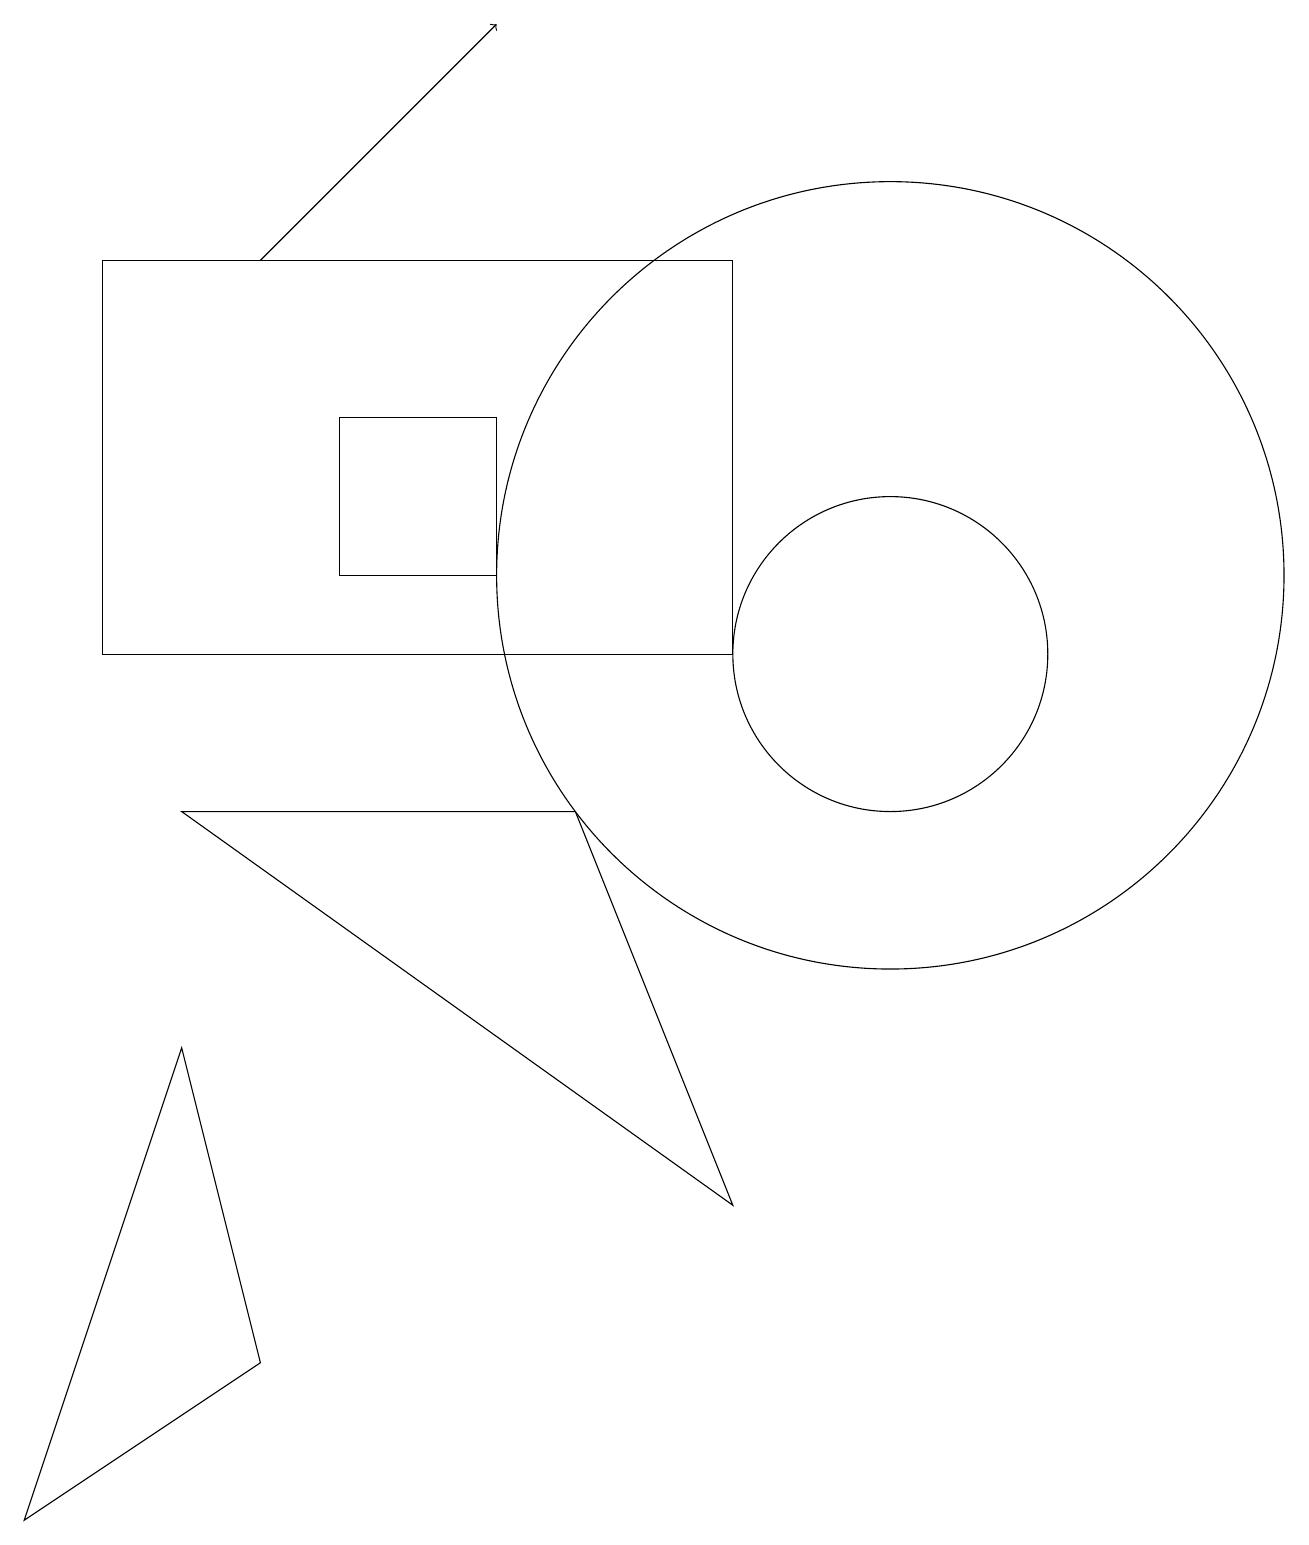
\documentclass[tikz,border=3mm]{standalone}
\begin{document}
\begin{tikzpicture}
\draw[->] (3,16) -- (6,19);
\draw (11,11) circle (2);
\draw (4,12) rectangle (6,14);
\draw (3,2) -- (0,0) -- (2,6) -- cycle;
\draw (11,12) circle (5);
\draw (9,16) rectangle (1,11);
\draw (9,4) -- (7,9) -- (2,9) -- cycle;
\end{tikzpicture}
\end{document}